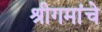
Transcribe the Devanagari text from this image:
श्रीगमांचे